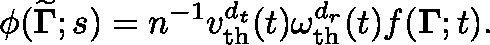
\phi ( { \widetilde { \mathbf { \Gamma } } } ; s ) = n ^ { - 1 } v _ { \mathrm { t h } } ^ { { d _ { t } } } ( t ) \omega _ { \mathrm { t h } } ^ { { d _ { r } } } ( t ) f ( { \mathbf { \Gamma } } ; t ) .